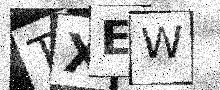
Text: TXEW